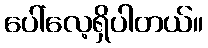
ပေါ်လေ့ရှိပါတယ်။